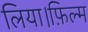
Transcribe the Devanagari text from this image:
लिया।फ़िल्म